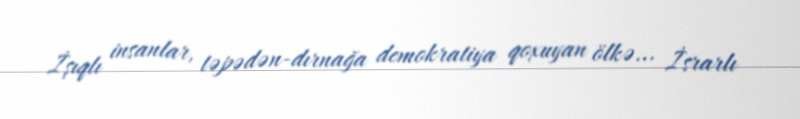
İşıqlı insanlar, təpədən-dırnağa demokratiya qoxuyan ölkə... İsrarlı